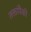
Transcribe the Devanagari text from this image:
तक्तांपैकी